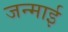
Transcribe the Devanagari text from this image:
जन्माई